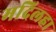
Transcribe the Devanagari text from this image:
मदिलहा